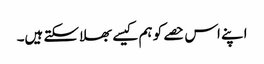
اپنے اس حصے کو ہم کیسے بھلا سکتے ہیں۔